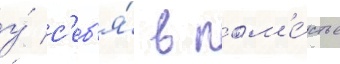
у́ с'еб'я́ в пом'е́стье